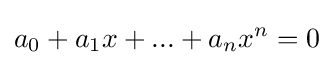
a_{0}+a_{1}x+...+a_{n}x^{n}=0